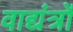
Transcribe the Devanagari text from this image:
वाद्यंत्रों